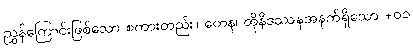
ညွှန်ကြောင်းဖြစ်သော စကားတည်း။ တေန၊ ထိုနိဒဿနအနက်ရှိသော +၀၁